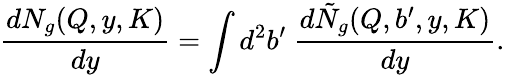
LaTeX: {\frac{dN_{g}(Q,y,K)}{dy}}=\int d^{2}b^{\prime}\ {\frac{d\tilde{N}_{g}(Q,b^{\prime},y,K)}{dy}}.